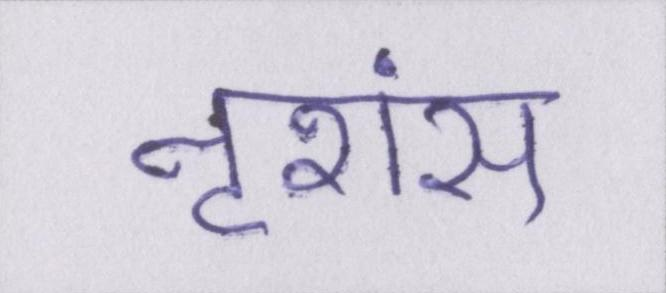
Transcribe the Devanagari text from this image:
नृशंस